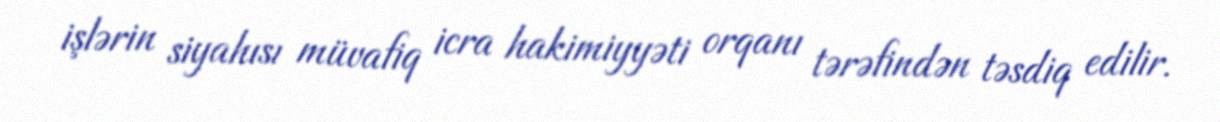
işlərin siyahısı müvafiq icra hakimiyyəti orqanı tərəfindən təsdiq edilir.